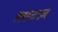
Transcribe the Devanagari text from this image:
क़ान्टाज़